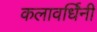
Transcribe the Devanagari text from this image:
कलावर्धिनी